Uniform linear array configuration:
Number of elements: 4
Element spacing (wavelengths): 0.25
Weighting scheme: kaiser
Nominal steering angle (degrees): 45
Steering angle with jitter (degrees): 46.313
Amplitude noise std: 0.05
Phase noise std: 0.05

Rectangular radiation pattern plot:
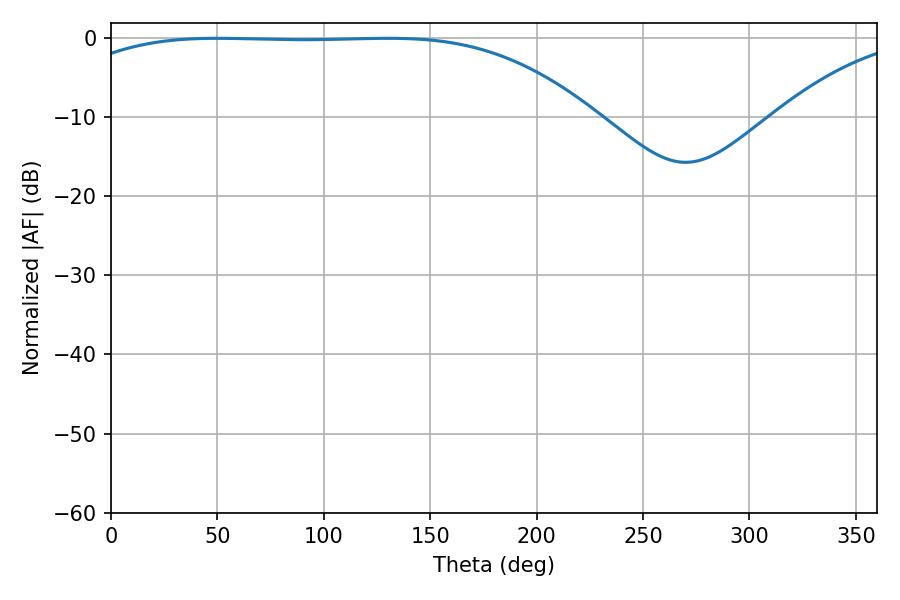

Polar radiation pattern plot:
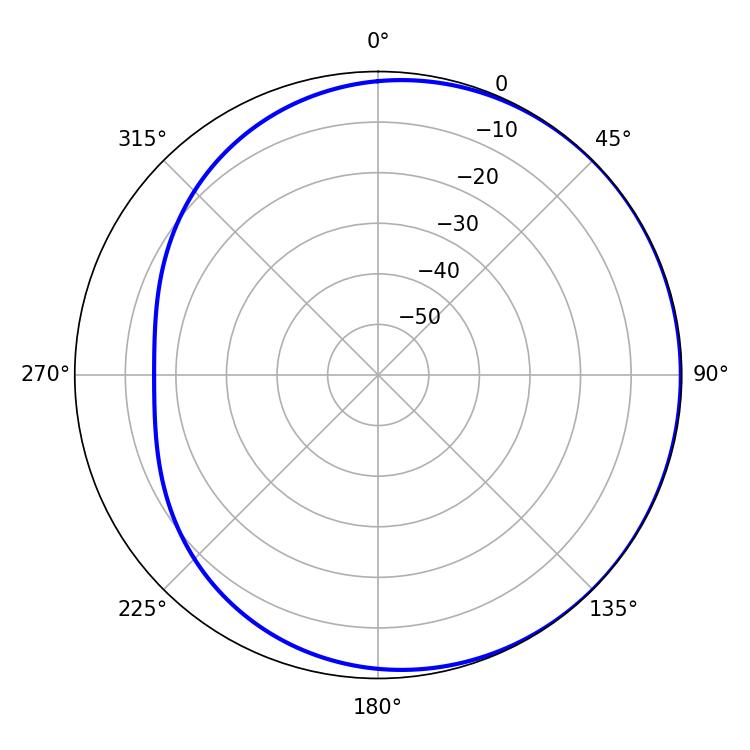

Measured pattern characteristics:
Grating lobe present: FALSE
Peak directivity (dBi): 0.7355
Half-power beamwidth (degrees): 190.44
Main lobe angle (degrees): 49.68